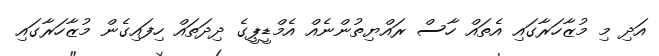
އަދި މި މުޒާހަރާގައި އެތައް ހާސް ރައްޔިތުންނެއް އެމްޑީޕީގެ ދިދަތައް ހިފައިގެން މުޒާހަރާގައި